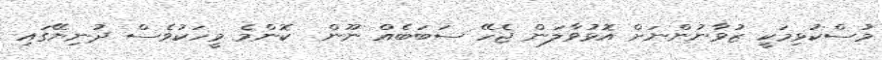
މުސްކުޅިމަކީ ޒުވާނުންނަށް އޮޅުވާލަން ޖެހޭ ސަބަބެއް ނޫން  ކޮންމެ މީހަކުވެސް ދުނިޔޭގައި